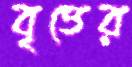
বৃত্তের